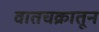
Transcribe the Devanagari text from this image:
वातचक्रातून